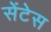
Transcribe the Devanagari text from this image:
सेंटेस